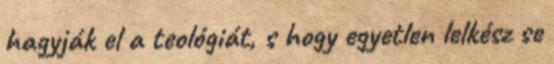
hagyják el a teológiát, s hogy egyetlen lelkész se